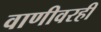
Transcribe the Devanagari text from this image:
वाणीवरही